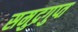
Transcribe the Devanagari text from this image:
समुद्रगुप्‍त